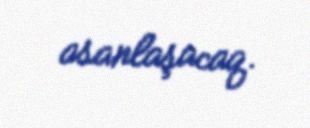
asanlaşacaq.